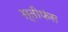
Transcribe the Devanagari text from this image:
स्तीफंस